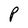
Character: P